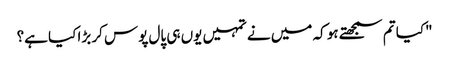
"کیا تم سمجھتے ہو کہ میں نے تمہیں یوں ہی پال پوس کر بڑا کیا ہے؟